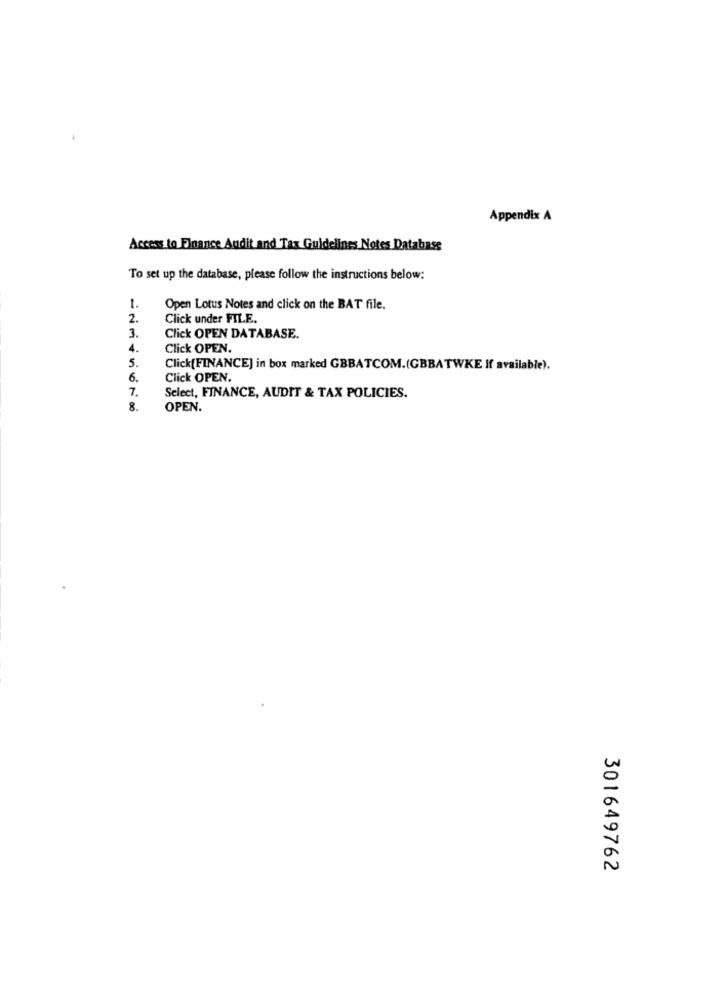
Appendix A
Access to Finance Audit and Tax Guidelines Notes Database
To set up the database, please follow the instructions below:
1.
Open Lotus Notes and click on the BAT file.
2.
Click under FILE.
3.
Click OPEN DATABASE.
4.
Click OPEN.
5.
Click[FINANCE] in box marked GBBATCOM.(GBBATWKE if available).
6.
Click OPEN.
7.
Select, FINANCE, AUDIT & TAX POLICIES.
8.
OPEN.
301649762